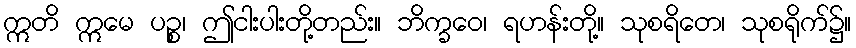
ဣတိ ဣမေ ပဉ္စ၊ ဤငါးပါးတို့တည်း။ ဘိက္ခဝေ၊ ရဟန်းတို့။ သုစရိတေ၊ သုစရိုက်၌။